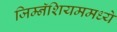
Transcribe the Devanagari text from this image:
जिम्नॅशियममध्ये